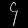
Digit: ၄